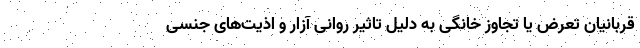
قربانیان تعرض یا تجاوز خانگی به دلیل تاثیر روانی آزار و اذیت‌های جنسی